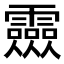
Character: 𲊎